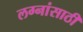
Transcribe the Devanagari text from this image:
लग्नांसाठी